Report on the administration of the Government Cinchona Department 1892-98
Year: 1892
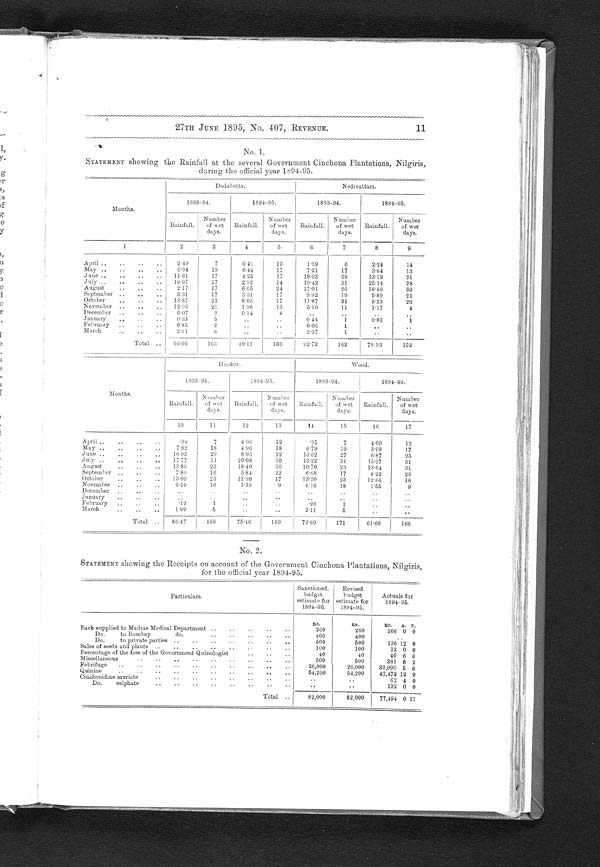
27TH JUNE 1895, No. 407, REVENUE.
11
No. 1.
STATEMENT showing the Rainfall at the several Government Cinchona Plantations, Nilgiris,
daring the official year 1894-95.
Months.
Dodabetta.
Nedivattam.
1893-94.
1894-95.
1893-94.
1894-95.
Rainfall.
Number
of wet
days.
Rainfall.
Number
of wet
days.
Rainfall.
Number
of wet
days.
Rainfall.
Number
of wet
days.
1
2
3
4
5
6
7
8
9
April ..
..
..
..
2.49
7
6.41
13
1.59
6
2.24
14
May ..
..
..
..
6.94
19
6.44
17
7.21
17
3.64
13
June ..
..
..
..
11.01
17
4 . 2 5
17
18.03
28
13.19
21
July ..
..
..
10.07
27
2.92
14
19.42
31
25.14
28
August
..
..
2.17
17
6.65
24
17.01
26
18.40
30
September . . ..
3 31
17
3.31
17
9.92
19
5.89
21
October
..
..
13.87
23
8.03
17
11.87
21
9.23
20
November ..
..
..
12.96
21
1.96
13
5.10
11
1.17
4
December ..
..
..
0.07
2
0.14
4
..
..
..
..
January
... , .. ....
0.33
5
. . . .
. . . .
0.44
1
0.03
1
February
..
. .
..
0.83
2
. .
..
0.06
1
..
. .
March
..
..
..
2.91
6
..
. .
2.07
1
. .
Total ..
66.96
163
40.11
136
92.72
162
78.93
152
-- -
Months.
Hooker.
Wood.
1893-94.
1894-95.
1893-94.
1894-95.
Rainfall.
Number
of wet
days.
Rainfall.
Number
of wet
days.
Rainfall.
Nu mb e r o f we t
days.
Rainfall.
Number
of wet
days.
10
11
12
I
13
14
15
16
17
April . .
..
. .
. .
.90
7
4.00
1 2
. 9 5
7
4 . 0 0
1 2
May ..
-
..
..
7.82
18
4 . 9 6
18
6 . 7 9
19
3.99
17
June ..
..
..
..
16.93
29
8.95
22
13.62
27
6.87
25
July ..
..
......
17.77
31
2 0 . 0 8
30
13.22
31
15.27
31
August
..
..
..
13.86
23
18.40
30
10.70
23
13.04
31
September ..
..
..
7.80
16
5.84
22
6.68
17
4.22
23
October
..
..
..
13.09
23
11.90
17
13.20
23
12.66
18
November ..
..
..
6.19
16
1.33
9
6.16
18
1.55
9
December ..
..
..
..
. .
. .
. .
. .
. .
. .
. .
J anuary
..
..
..
..
..
. .
..
..
..
. .
February
..
..
..
.12
1
..
. .
.26
1
. .
..
March
..
..
..
1.99
5
..
. .
2.11
5
..
..
Total ..
86.47
169
75.46
160
7369
171
61.60
166
No. 2.
STATEMENT showing the Receipts on account of the Government Cinchona Plantations, Nilgiris,
for the official year 1894-95.
Particulars.
Sanctioned.
budget
estimate for
1894-95.
Revised
budget
estimate for
1894-95.
Actuals for
1894-95.
RS.
RS.
RS.
A. P.
Bark supplied to Madras Medical Department ....
. . . . . ..
260
260
266 0 0
Do.
to Bombay
do...
..
..
..
..
4 0 0
4 0 0
. .
Do.
to private parties . .
..
..
..
..
..
..
500
500
136 12 0
.
Sales of seeds and plants ..
..
. ,
..
. ,
...
100
100
12 0 0
Percentage of the fees of the Government Quinologist..
..
..
4 0
40
40 6 6
Miscellaneous..
..
..
..
..
..
..
..
..
5 0 0
5 0 0
3 8 1 8 2
Febrifuge
..
..
..
..
..
..
..
..
..
..
26,000
26,000
33,990 5 6
Quinine
. . . .
. . . .
. .
. .
. .
. .
. .
. .
. .
. .
54,200
54,200
42,472 12 9
..
Cinchonidine muriate..
. .
. .
6 2 4
0
Do.
sulphate
..
..
..
..
..
..
..
..
..
..
132 0 0
Total ..
82,000
82,000
77,494 0 11